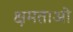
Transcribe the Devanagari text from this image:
क्षमताओ